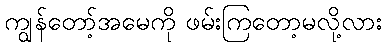
ကျွန်တော့်အမေကို ဖမ်းကြတော့မလို့လား